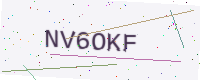
Text: NV6OKF